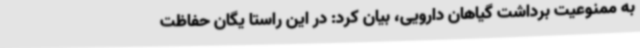
به ممنوعیت برداشت گیاهان دارویی، بیان کرد: در این راستا یگان حفاظت